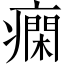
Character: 𤺛